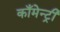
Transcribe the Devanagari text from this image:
काँमेन्ट्री